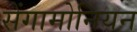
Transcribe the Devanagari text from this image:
सेंगामोनियन